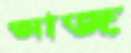
আজ